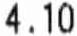
4.10